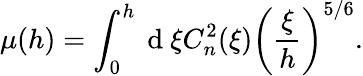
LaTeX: \mu(h)=\int_{0}^{h}\mathrm{~d~}\xi C_{n}^{2}(\xi)\left(\frac{\xi}{h}\right)^{5/6}.